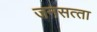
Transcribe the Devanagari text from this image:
जनसत्‍ता